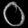
Digit: ၀